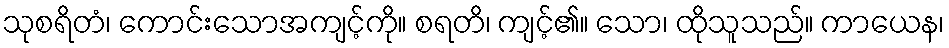
သုစရိတံ၊ ကောင်းသောအကျင့်ကို။ စရတိ၊ ကျင့်၏။ သော၊ ထိုသူသည်။ ကာယေန၊